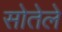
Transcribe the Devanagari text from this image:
सोतेले